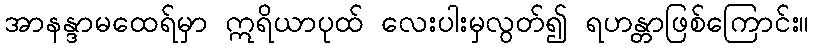
အာနန္ဒာမထေရ်မှာ ဣရိယာပုထ် လေးပါးမှလွတ်၍ ရဟန္တာဖြစ်ကြောင်း။